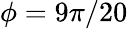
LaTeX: \phi=9\pi/20